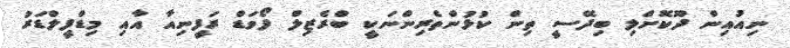
ނިއުއިން ދޫކޮށްލި ބިދޭސީ ތިން ކުޅުންތެރިންނަކީ ބްރެޒިލް ފޯވަޑް ރަފީނިއާ އާއި މިޑްފީލްޑަރު